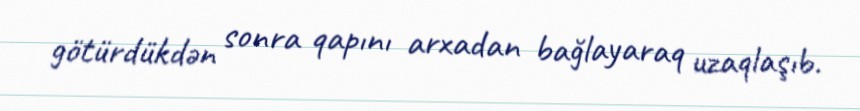
götürdükdən sonra qapını arxadan bağlayaraq uzaqlaşıb.